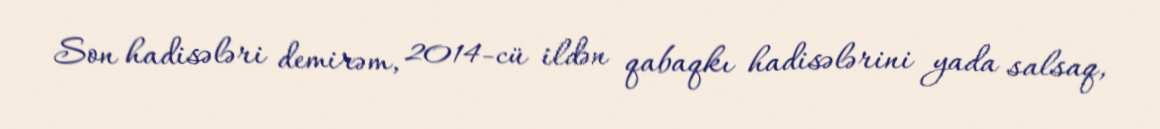
Son hadisələri demirəm, 2014-cü ildən qabaqkı hadisələrini yada salsaq,